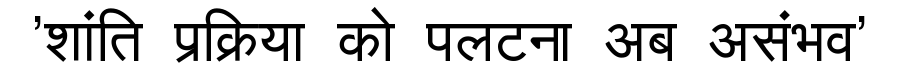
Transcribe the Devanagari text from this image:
'शांति प्रक्रिया को पलटना अब असंभव'